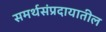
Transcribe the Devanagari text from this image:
समर्थसंप्रदायातील